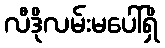
လီဒိုလမ်းမပေါ်ရှိ